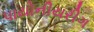
પાયોનીયરીગ